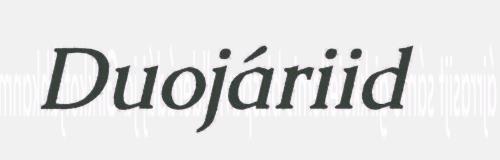
Duojáriid